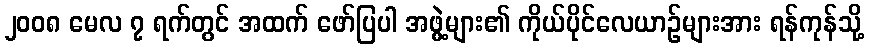
၂၀၀၈ မေလ ၇ ရက်တွင် အထက် ဖော်ပြပါ အဖွဲ့များ၏ ကိုယ်ပိုင်လေယာဉ်များအား ရန်ကုန်သို့